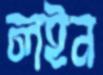
লইন